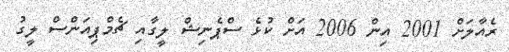
ރެއާލަށް 2001 އިން 2006 އަށް ކުޅެ ސްޕެނިޝް ލީގާއި ޗެމްޕިއަންސް ލީގު